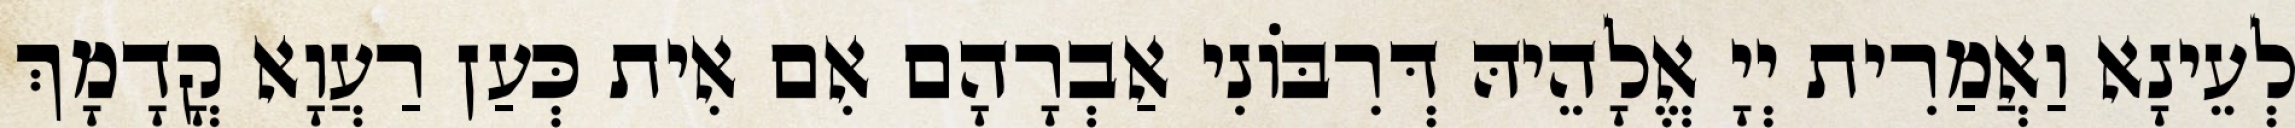
לְעֵינָא וַאֲמַרִית יְיָ אֱלָהֵיהּ דְּרִבּוֹנִי אַבְרָהָם אִם אִית כְּעַן רַעֲוָא קֳדָמָךְ